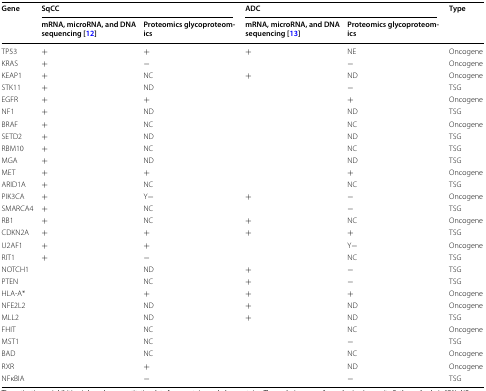
<table><thead><tr><td rowspan="2"><b>Gene</b></td><td colspan="2"><b>SqCC</b></td><td colspan="2"><b>ADC</b></td><td rowspan="2"><b>Type</b></td></tr><tr><td><b>mRNA, microRNA, and DNA sequencing [12]</b></td><td><b>Proteomics glycoproteomics</b></td><td><b>mRNA, microRNA, and DNA sequencing [13]</b></td><td><b>Proteomics glycoproteomics</b></td></tr></thead><tbody><tr><td>TP53</td><td>+</td><td>+</td><td>+</td><td>NE</td><td>Oncogene</td></tr><tr><td>KRAS</td><td>+</td><td>−</td><td></td><td>−</td><td>Oncogene</td></tr><tr><td>KEAP1</td><td>+</td><td>NC</td><td>+</td><td>ND</td><td>Oncogene</td></tr><tr><td>STK11</td><td>+</td><td>ND</td><td></td><td>−</td><td>TSG</td></tr><tr><td>EGFR</td><td>+</td><td>+</td><td></td><td>+</td><td>Oncogene</td></tr><tr><td>NF1</td><td>+</td><td>ND</td><td></td><td>ND</td><td>TSG</td></tr><tr><td>BRAF</td><td>+</td><td>NC</td><td></td><td>NC</td><td>Oncogene</td></tr><tr><td>SETD2</td><td>+</td><td>ND</td><td></td><td>ND</td><td>TSG</td></tr><tr><td>RBM10</td><td>+</td><td>NC</td><td></td><td>NC</td><td>TSG</td></tr><tr><td>MGA</td><td>+</td><td>ND</td><td></td><td>ND</td><td>TSG</td></tr><tr><td>MET</td><td>+</td><td>+</td><td></td><td>+</td><td>Oncogene</td></tr><tr><td>ARID1A</td><td>+</td><td>NC</td><td></td><td>NC</td><td>TSG</td></tr><tr><td>PIK3CA</td><td>+</td><td>Y−</td><td>+</td><td>−</td><td>Oncogene</td></tr><tr><td>SMARCA4</td><td>+</td><td>NC</td><td></td><td>−</td><td>TSG</td></tr><tr><td>RB1</td><td>+</td><td>NC</td><td>+</td><td>NC</td><td>Oncogene</td></tr><tr><td>CDKN2A</td><td>+</td><td>+</td><td>+</td><td>+</td><td>TSG</td></tr><tr><td>U2AF1</td><td>+</td><td>+</td><td></td><td>Y−</td><td>Oncogene</td></tr><tr><td>RIT1</td><td>+</td><td>−</td><td></td><td>NC</td><td>TSG</td></tr><tr><td>NOTCH1</td><td></td><td>ND</td><td>+</td><td>−</td><td>TSG</td></tr><tr><td>PTEN</td><td></td><td>NC</td><td>+</td><td>−</td><td>TSG</td></tr><tr><td>HLA-A*</td><td></td><td>+</td><td>+</td><td>+</td><td>Oncogene</td></tr><tr><td>NFE2L2</td><td></td><td>ND</td><td>+</td><td>ND</td><td>Oncogene</td></tr><tr><td>MLL2</td><td></td><td>ND</td><td>+</td><td>ND</td><td>TSG</td></tr><tr><td>FHIT</td><td></td><td>NC</td><td></td><td>NC</td><td>Oncogene</td></tr><tr><td>MST1</td><td></td><td>NC</td><td></td><td>−</td><td>TSG</td></tr><tr><td>BAD</td><td></td><td>NC</td><td></td><td>NC</td><td>Oncogene</td></tr><tr><td>RXR</td><td></td><td>+</td><td></td><td>ND</td><td>Oncogene</td></tr><tr><td>NFκBIA</td><td></td><td>−</td><td></td><td>−</td><td>TSG</td></tr></tbody></table>